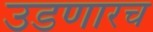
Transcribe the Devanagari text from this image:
उडणारच